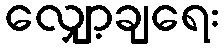
လျှော့ချရေး